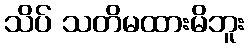
သိပ် သတိမထားမိဘူး